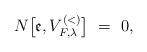
LaTeX: \begin{align*}N\big[\mathfrak{e},V_{F,\lambda }^{(<)}\big]\ =\ 0, \end{align*}